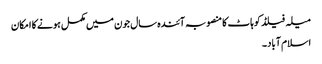
میلہ فیلڈ کوہاٹ کا منصوبہ آئندہ سال جون میں مکمل ہونے کا امکان
اسلام آباد ۔